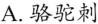
2.科学家在荒漠探险的时候，会见到各种各样的生物，其中最不